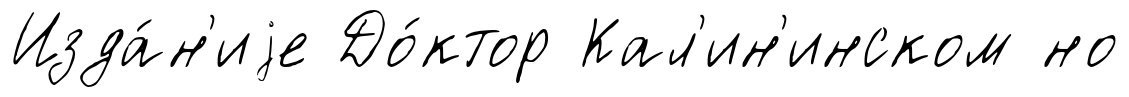
Изда́н'иjе До́ктор Кал'ин'инском но